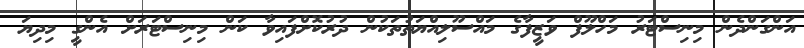
އަންގަންދެން މިނިސްޓަރު މަހްލޫފް ވަޒީފާގެ މައްސޫލިއްޔަތުތަކުން ދުރުކޮށްފައިވާ ކަން މިނިސްޓަރަށް އެންގީ މިދިޔަ